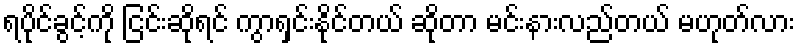
ရပိုင်ခွင့်ကို ငြင်းဆိုရင် ကွာရှင်းနိုင်တယ် ဆိုတာ မင်းနားလည်တယ် မဟုတ်လား